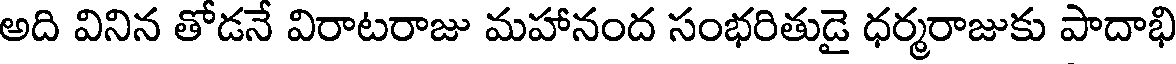
అది వినిన తోడనే విరాటరాజు మహానంద సంభరితుడై ధర్మరాజుకు పాదాభి